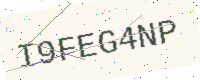
Text: I9FEG4NP